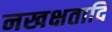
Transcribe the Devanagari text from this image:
नखक्षतादि